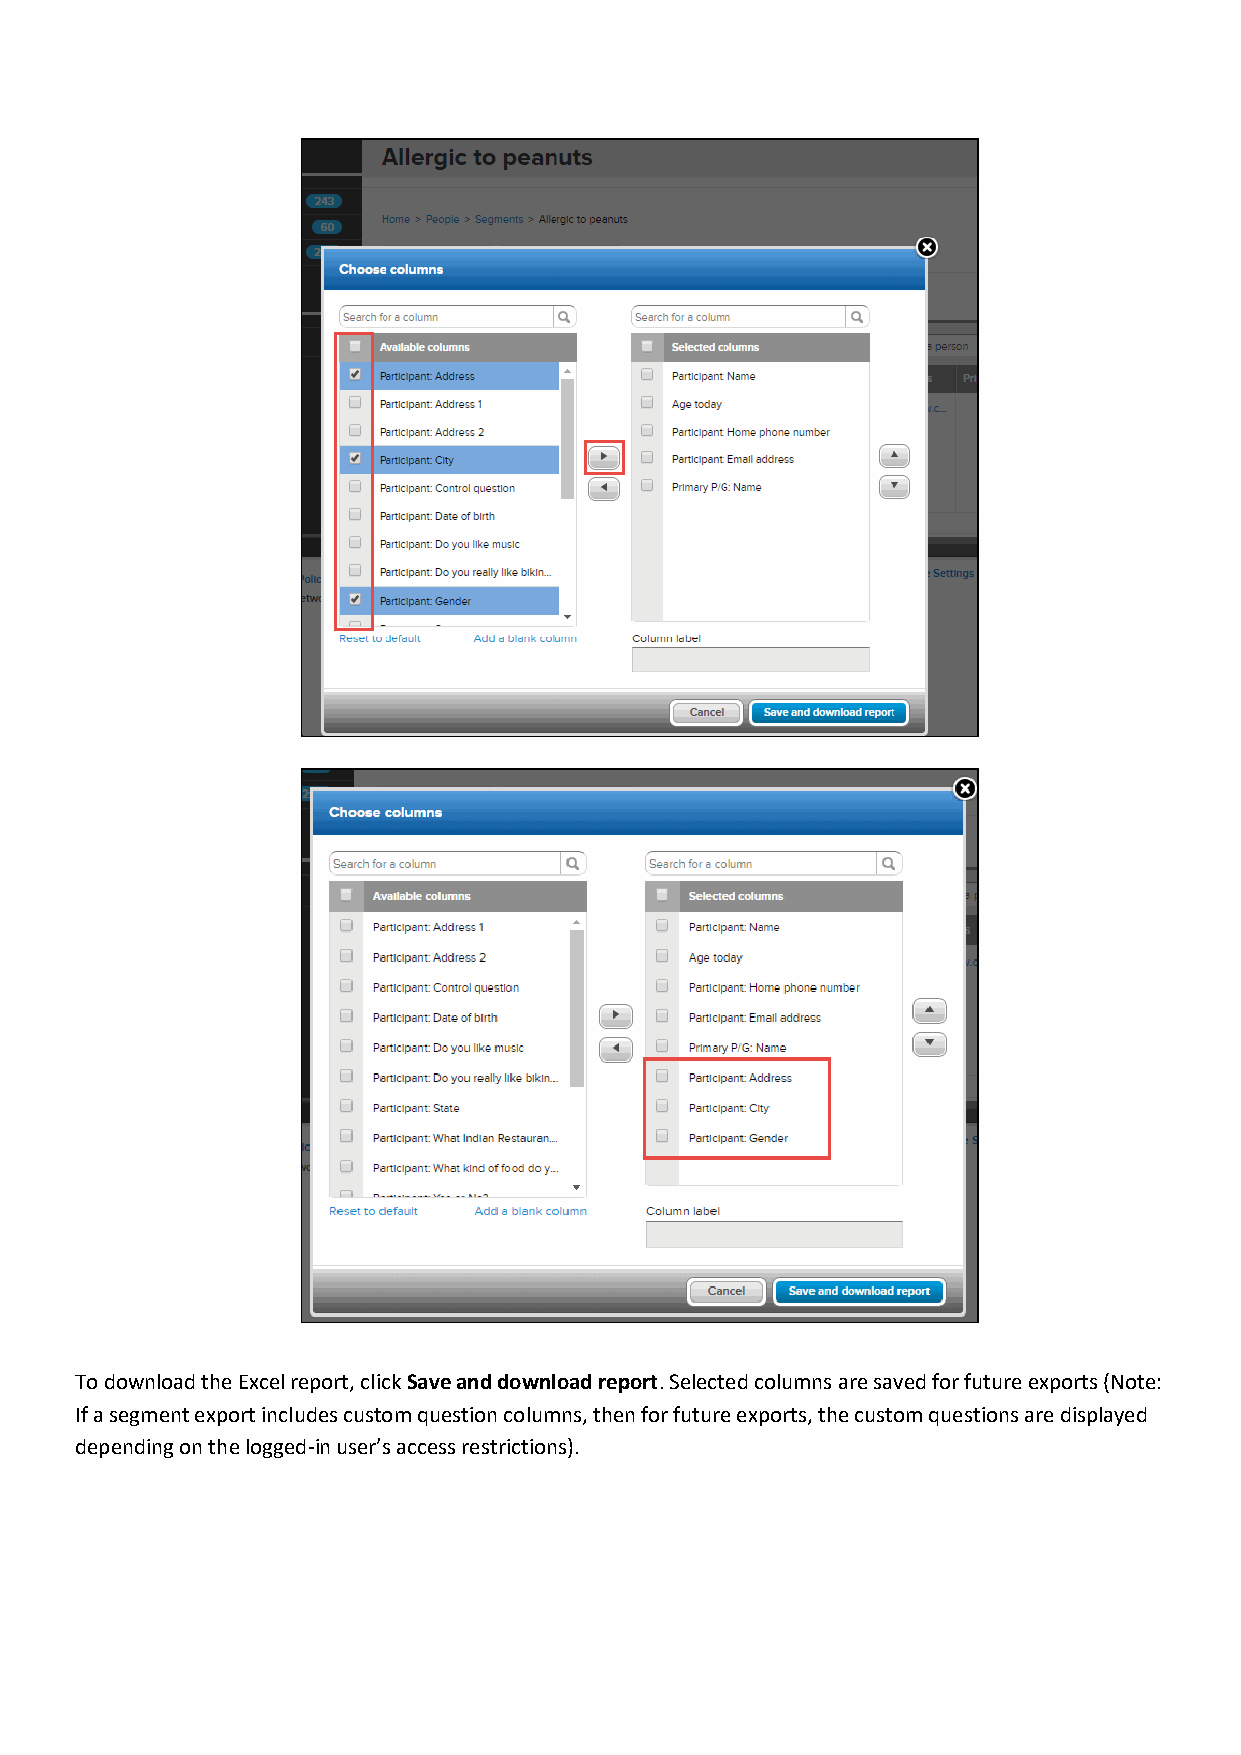
To download the Excel report, click Save and download report. Selected columns are saved for future exports (Note:
 If a segment export includes custom question columns, then for future exports, the custom questions are displayed
 depending on the logged-in user’s access restrictions).